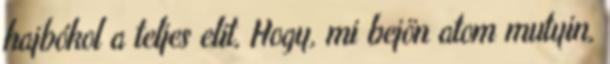
hajbókol a teljes elit, Hogy, mi bejön atom mutyin,